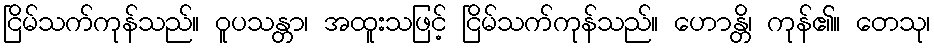
ငြိမ်သက်ကုန်သည်။ ဝူပသန္တာ၊ အထူးသဖြင့် ငြိမ်သက်ကုန်သည်။ ဟောန္တိ၊ ကုန်၏။ တေသု၊